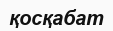
қосқабат